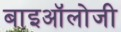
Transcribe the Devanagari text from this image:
बाइऑलोजी